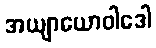
အယျာယောဝါဒေါ